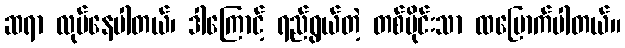
ဆရာ လုပ်နေပါတယ်၊ ဒါကြောင့် ရည်ရွယ်တဲ့ တစ်ပိုင်းသာ ထမြောက်ပါတယ်။